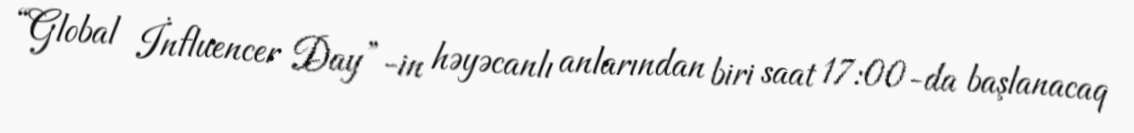
“Global İnfluencer Day”-in həyəcanlı anlarından biri saat 17:00-da başlanacaq